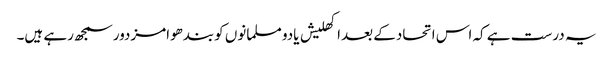
یہ درست ہے کہ اس اتحادکے بعداکھلیش یادو مسلمانوں کوبندھوامزدورسمجھ رہے ہیں۔